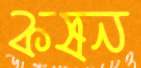
কষন